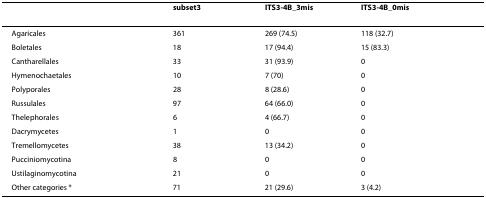
<table><thead><tr><td></td><td><b>subset3</b></td><td><b>ITS3-4B_3mis</b></td><td><b>ITS3-4B_0mis</b></td></tr></thead><tbody><tr><td>Agaricales</td><td>361</td><td>269 (74.5)</td><td>118 (32.7)</td></tr><tr><td>Boletales</td><td>18</td><td>17 (94.4)</td><td>15 (83.3)</td></tr><tr><td>Cantharellales</td><td>33</td><td>31 (93.9)</td><td>0</td></tr><tr><td>Hymenochaetales</td><td>10</td><td>7 (70)</td><td>0</td></tr><tr><td>Polyporales</td><td>28</td><td>8 (28.6)</td><td>0</td></tr><tr><td>Russulales</td><td>97</td><td>64 (66.0)</td><td>0</td></tr><tr><td>Thelephorales</td><td>6</td><td>4 (66.7)</td><td>0</td></tr><tr><td>Dacrymycetes</td><td>1</td><td>0</td><td>0</td></tr><tr><td>Tremellomycetes</td><td>38</td><td>13 (34.2)</td><td>0</td></tr><tr><td>Pucciniomycotina</td><td>8</td><td>0</td><td>0</td></tr><tr><td>Ustilaginomycotina</td><td>21</td><td>0</td><td>0</td></tr><tr><td>Other categories *</td><td>71</td><td>21 (29.6)</td><td>3 (4.2)</td></tr></tbody></table>